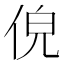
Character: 𬾐